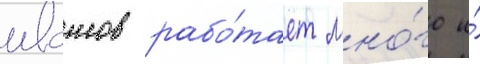
ивашов рабо́тает мно́го и́